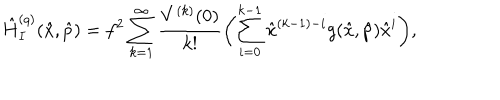
\hat { H } _ { I } ^ { ( q ) } ( \hat { x } , \hat { p } ) = f ^ { 2 } \sum _ { k = 1 } ^ { \infty } \frac { V ^ { ( k ) } ( 0 ) } { k ! } \biggl ( \sum _ { i = 0 } ^ { k - 1 } \hat { x } ^ { ( k - 1 ) - i } g ( \hat { x } , \hat { p } ) \hat { x } ^ { i } \biggr ) ,